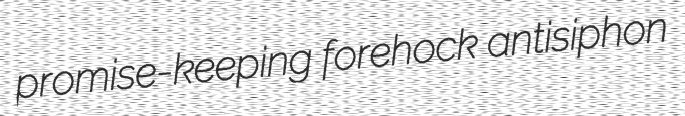
promise-keeping forehock antisiphon